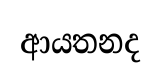
ආයතනද